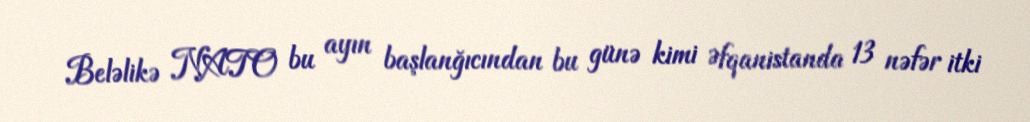
Beləlikə NATO bu ayın başlanğıcından bu günə kimi Əfqanistanda 13 nəfər itki